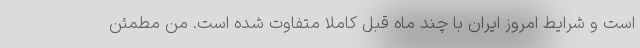
است و شرایط امروز ایران با چند ماه قبل کاملا متفاوت شده است. من مطمئن